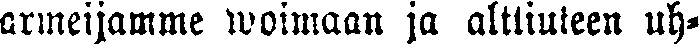
armeijamme woimaan ja alttiutueen uh-